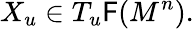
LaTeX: X_{u}\in T_{u}{\mathsf{F}}(M^{n}).